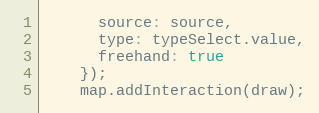
Language: JavaScript
      source: source,
      type: typeSelect.value,
      freehand: true
    });
    map.addInteraction(draw);